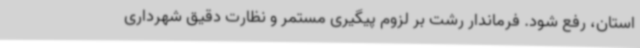
استان، رفع شود. فرماندار رشت بر لزوم پیگیری مستمر و نظارت دقیق شهرداری